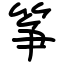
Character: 筝